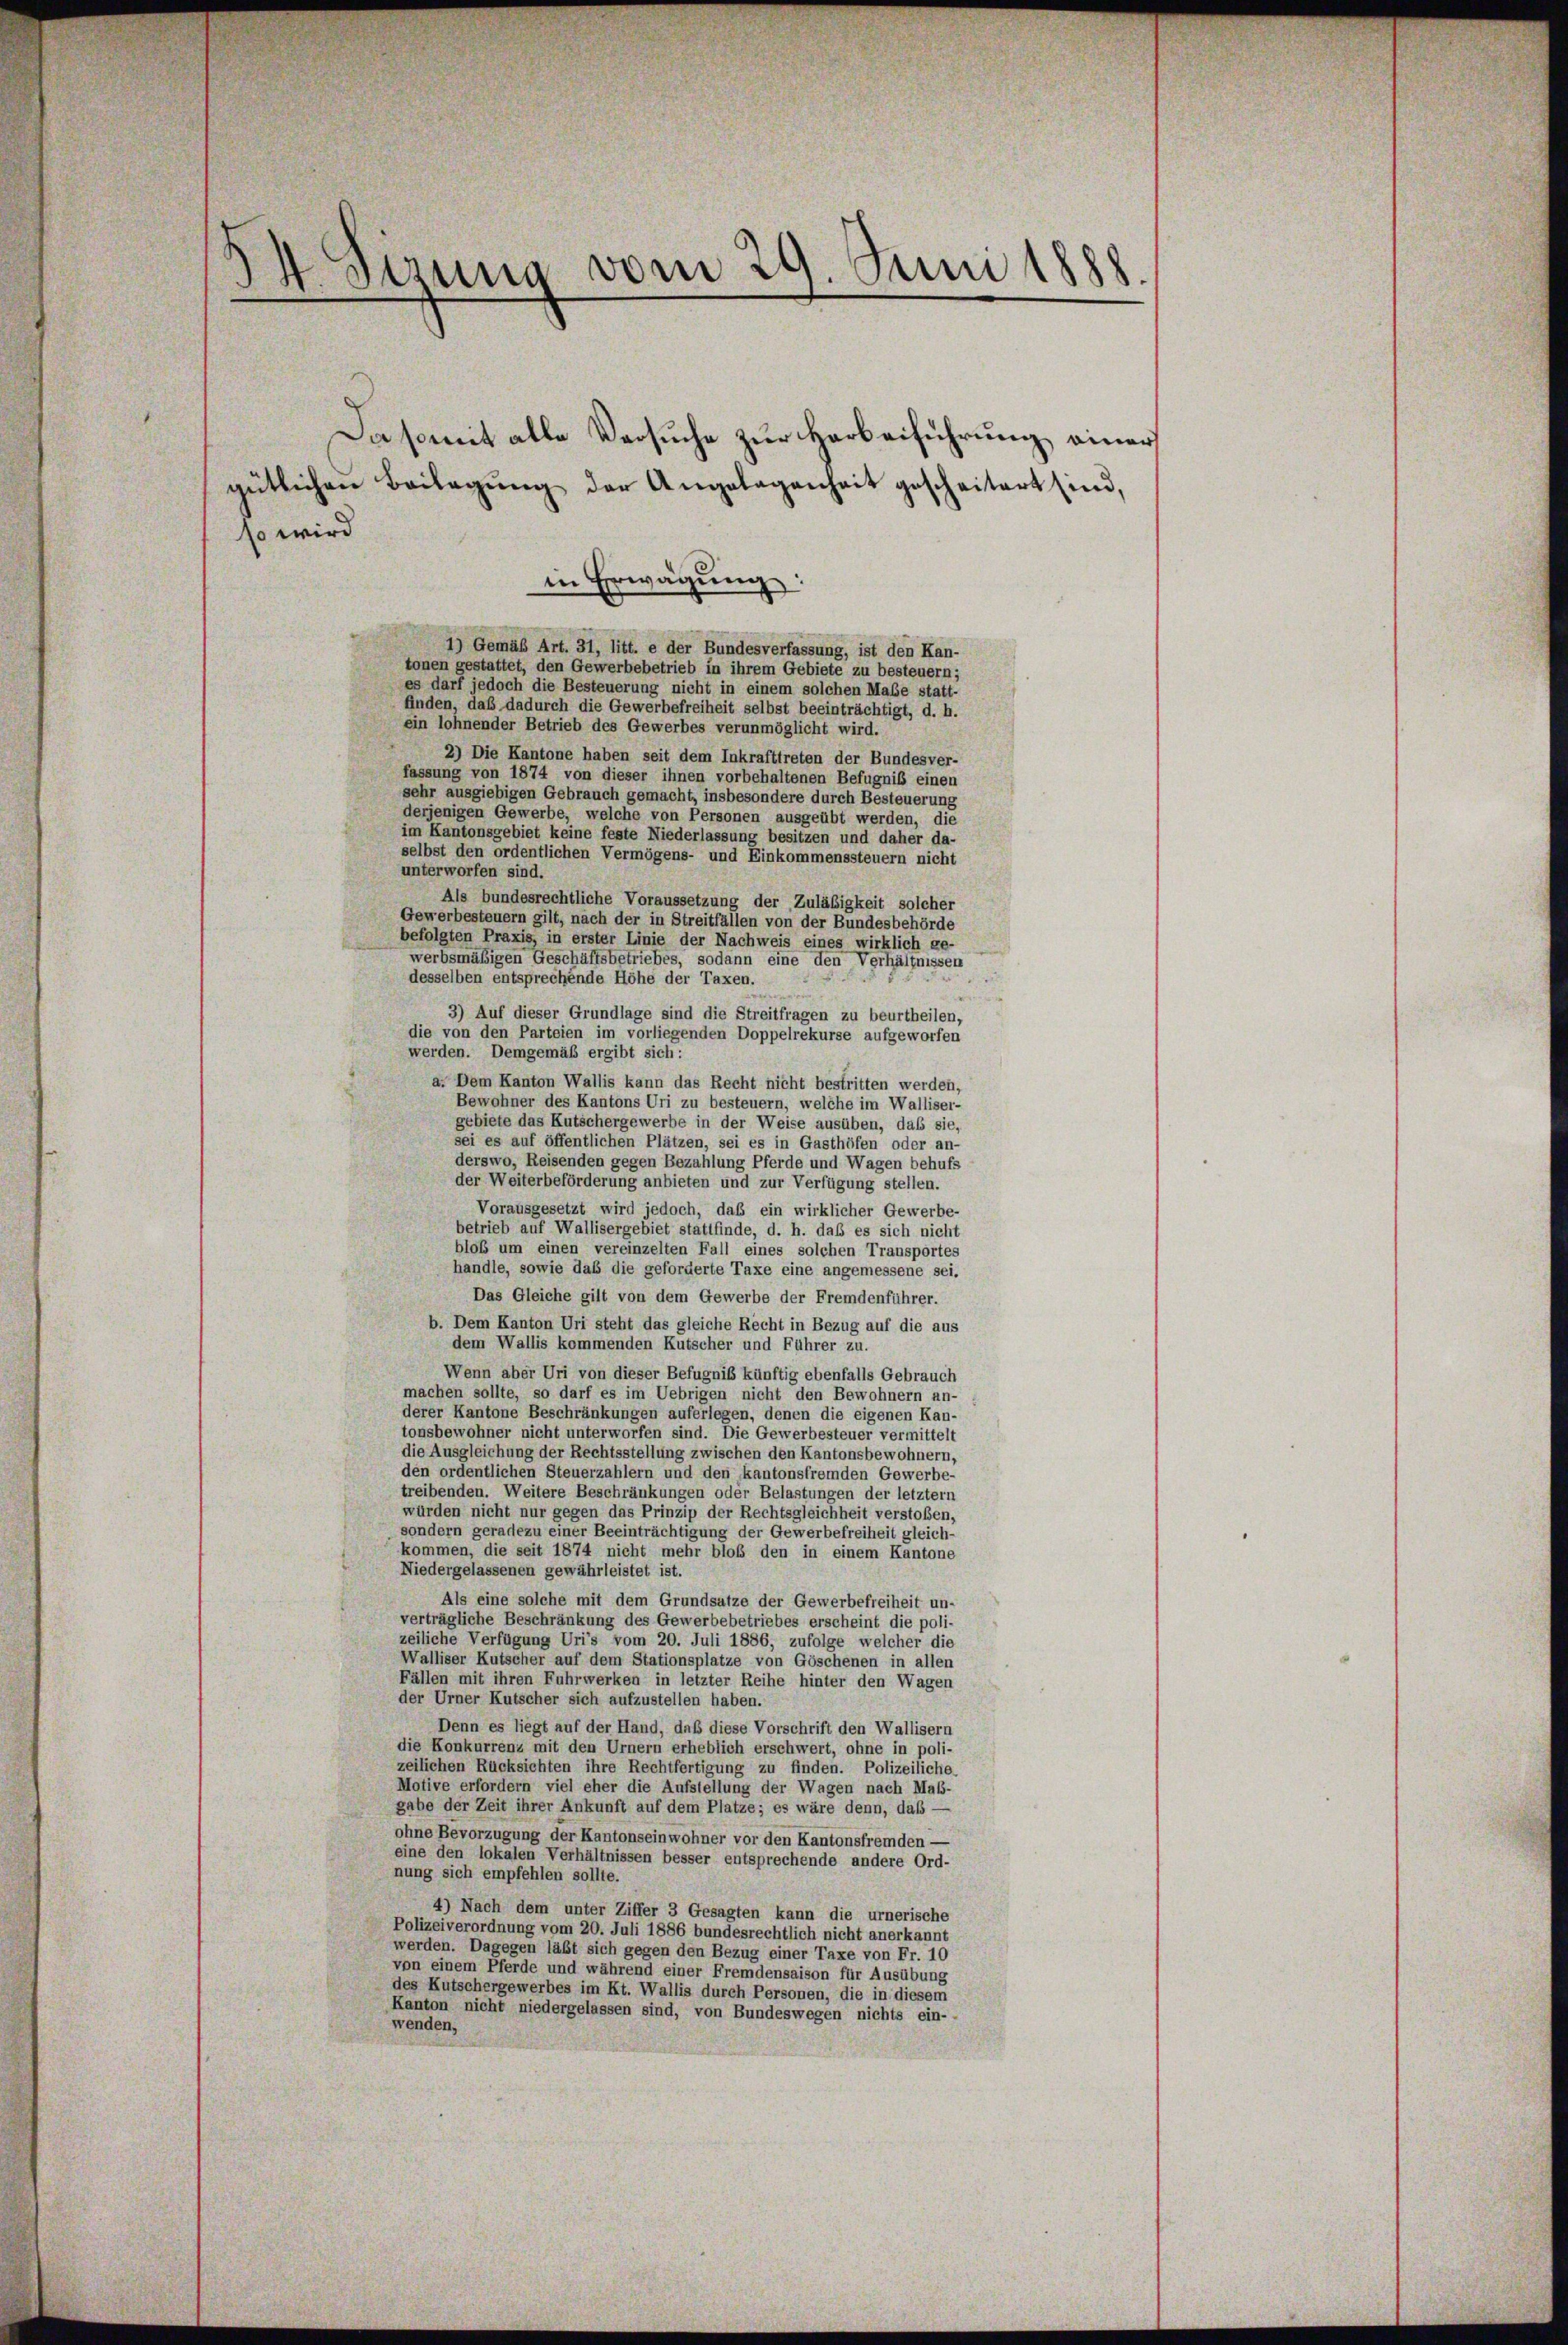
t
Dr. Stzung vom 24. Juni 1888.

Da somit alle Versuche zur Vorbeiführung einer
gütlichen Beilagŭng der Angelegenheit gescheitert sind,
so wird
in Erwägŭng:
1) Gemäß Art. 31, litt. e der Bundesverfassung, ist den Kan-
tonen gestattet, den Gewerbebetrieb in ihrem Gebiete zu besteuern;
es darf jedoch die Besteuerung nicht in einem solchen Maße statt-
finden, daß dadurch die Gewerbefreiheit selbst beeinträchtigt, d. h.
ein lohnender Betrieb des Gewerbes verunmöglicht wird.
2) Die Kantone haben seit dem Inkrafttreten der Bundesver-
fassung von 1874 von dieser ihnen vorbehaltenen Befugniß einen
sehr ausgiebigen Gebrauch gemacht, insbesondere durch Besteuerung
derjenigen Gewerbe, welche von Personen ausgeübt werden, die
im Kantonsgebiet keine feste Niederlassung besitzen und daher da-
selbst den ordentlichen Vermögens- und Einkommenssteuern nicht
unterworfen sind.
Als bundesrechtliche Voraussetzung der Zuläßigkeit solcher
Gewerbesteuern gilt, nach der in Streitfällen von der Bundesbehörde
befolgten Praxis, in erster Linie der Nachweis eines wirklich ge-
werbsmäßigen Geschäftsbetriebes, sodann eine den Verhältnissen
desselben entsprechende Höhe der Taxen.
3) Auf dieser Grundlage sind die Streitfragen zu beurtheilen,
die von den Parteien im vorliegenden Doppelrekurse aufgeworfen
werden. Demgemäß ergibt sich:
a. Dem Kanton Wallis kann das Recht nicht bestritten werden,
Bewohner des Kantons Uri zu besteuern, welche im Walliser-
gebiete das Kutschergewerbe in der Weise ausüben, daß sie,
sei es auf öffentlichen Plätzen, sei es in Gasthöfen oder an-
derswo, Reisenden gegen Bezahlung Pferde und Wagen behufs
der Weiterbeförderung anbieten und zur Verfügung stellen.
Vorausgesetzt wird jedoch, daß ein wirklicher Gewerbe-
betrieb auf Wallisergebiet stattfinde, d. h. daß es sich nicht
bloß um einen vereinzelten Fall eines solchen Transportes
handle, sowie das die geforderte Taxe eine angemessene sei.
Das Gleiche gilt von dem Gewerbe der Fremdenführer.
b. Dem Kanton Uri steht das gleiche Recht in Bezug auf die aus
dem Wallis kommenden Kutscher und Führer zu.
Wenn aber Uri von dieser Befugniß künftig ebenfalls Gebrauch
machen sollte, so darf es im Uebrigen nicht den Bewohnern an-
derer Kantone Beschränkungen auferlegen, denen die eigenen Kan-
tonsbewohner nicht unterworfen sind. Die Gewerbesteuer vermittelt
die Ausgleichung der Rechtsstellung zwischen den Kantonsbewohnern,
den ordentlichen Steuerzahlern und den kantonsfremden Gewerbe-
treibenden. Weitere Beschränkungen oder Belastungen der letztem
würden nicht nur gegen das Prinzip der Rechtsgleichheit verstoßen,
sondern geradezu einer Beeinträchtigung der Gewerbefreiheit gleich-
kommen, die seit 1874 nicht mehr bloß den in einem Kantone
Niedergelassenen gewährleistet ist.
Als eine solche mit dem Grundsätze der Gewerbefreiheit un-
verträgliche Beschränkung des Gewerbebetriebes erscheint die poli-
zeiliche Verfügung Uri’s vom 20. Juli 1886, zufolge welcher die
Walliser Kutscher auf dem Stationsplatze von Göschenen in allen
Fällen mit ihren Fuhrwerken in letzter Reihe hinter den Wagen
der Urner Kutscher sich aufzustellen haben.
Denn es liegt auf der Hand, daß diese Vorschrift den Wallisern
die Konkurrenz mit den Urnern erheblich erschwert, ohne in poli-
zeilichen Rücksichten ihre Rechtfertigung zu finden. Polizeiliche.
Motive erfordern viel eher die Aufstellung der Wagen nach Maß-
gabe der Zeit ihrer Ankunft auf dem Platze; es wäre denn, daß
ohne Bevorzugung der Kantonseinwohner vor den Kantonsfremden —
eine den lokalen Verhältnissen besser entsprechende andere Ord-
nung sich empfehlen sollte.
4) Nach dem unter Ziffer 3 Gesagten kann die urnerische
Polizeiverordnung vom 20. Juli 1886 bundesrechtlich nicht anerkannt
werden. Dagegen läßt sich gegen den Bezug einer Taxe von Fr. 10
von einem Pferde und während einer Fremdensaison für Ausübung
des Kutschergewerbes im Kt. Wallis durch Personen, die in diesem
Kanton nicht niedergelassen sind, von Bundeswegen nichts ein-
wenden,